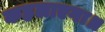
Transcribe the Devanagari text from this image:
कहलाएगा॥